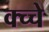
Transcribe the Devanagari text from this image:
क्च्चे